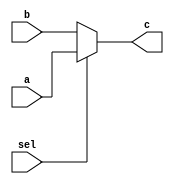
`timescale 1ns / 1ps
//////////////////////////////////////////////////////////////////////////////////
// Company: 
// Engineer: 
// 
// Design Name: 
// Module Name:    mux_new 
// Project Name: 
// Target Devices: 
// Tool versions: 
// Description: 
//
// Dependencies: 
//
// Revision: 
// Revision 0.01 - File Created
// Additional Comments: 
//
//////////////////////////////////////////////////////////////////////////////////
module mux_new(
    input a,
    input b,
    input sel,
    output c
    );
	 assign c = (sel)?a:b;

endmodule